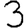
Digit: 3